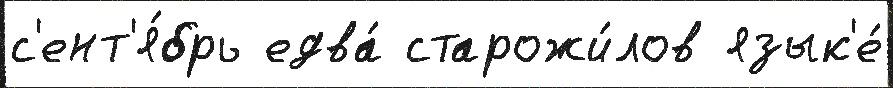
с'ент'я́брь едва́ старожи́лов язык'е́